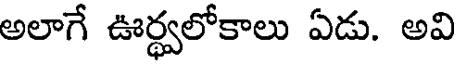
అలాగే ఊర్థ్వలోకాలు ఏడు. అవి